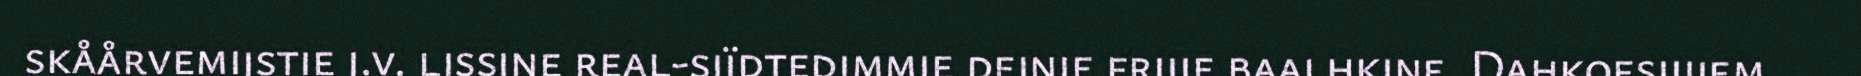
skåårvemijstie j.v. lissine real-sjïdtedimmie dejnie frijje baalhkine. Dahkoesijjiem